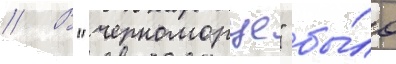
// В "черноморце" бы́ло